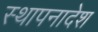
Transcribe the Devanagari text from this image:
स्थापनादेश